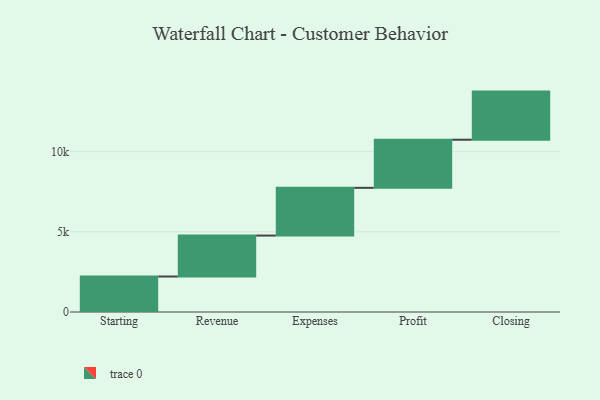
{"axis": {"x": "Step", "y": "Value"}, "legend": [""], "data": [{"x": "Starting", "y": 2213.0, "type": ""}, {"x": "Revenue", "y": 2553.0, "type": ""}, {"x": "Expenses", "y": 2976.0, "type": ""}, {"x": "Profit", "y": 3000, "type": ""}, {"x": "Closing", "y": 3000, "type": ""}]}